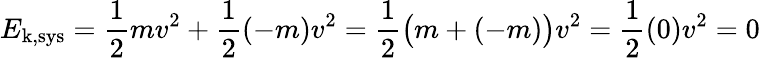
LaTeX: E_{\mathrm{k,sys}}={\frac{1}{2}}mv^{2}+{\frac{1}{2}}(-m)v^{2}={\frac{1}{2}}{\big(}m+(-m){\big)}v^{2}={\frac{1}{2}}(0)v^{2}=0